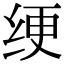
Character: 绠